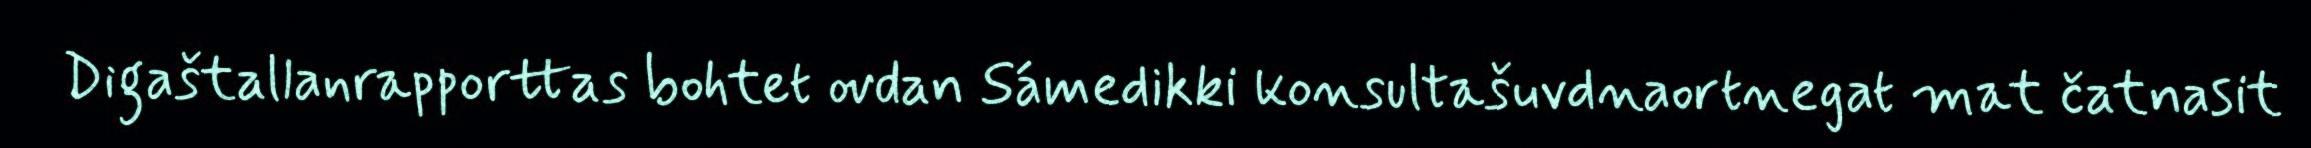
Digaštallanrapporttas bohtet ovdan Sámedikki konsultašuvdnaortnegat mat čatnasit